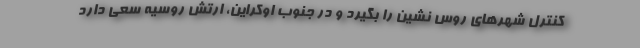
کنترل شهرهای روس نشین را بگیرد و در جنوب اوکراین، ارتش روسیه سعی دارد